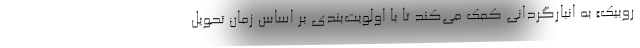
روبیک» به انبارگردانی کمک می‌کند تا با اولویت‌بندی بر اساس زمان تحویل